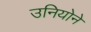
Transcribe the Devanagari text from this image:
उनियोने